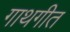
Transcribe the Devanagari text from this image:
गाथगीत